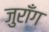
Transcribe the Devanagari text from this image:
जुराँग